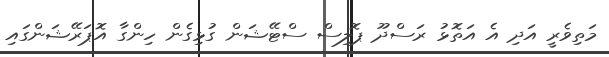
މަތިވެރީ އަދި އެ އަތޮޅު ރަސްދޫ ޕޮލިސް ސްޓޭޝަން ގުޅިގެން ހިންގާ އޮޕަރޭޝަންގައި